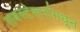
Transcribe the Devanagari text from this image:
सबस्टेशनांमधून